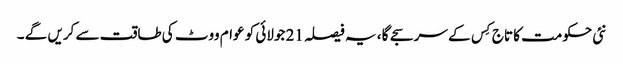
نئی حکومت کا تاج کِس کے سر سجے گا ، یہ فیصلہ 21 جولائی کو عوام ووٹ کی طاقت سے کریں گے ۔